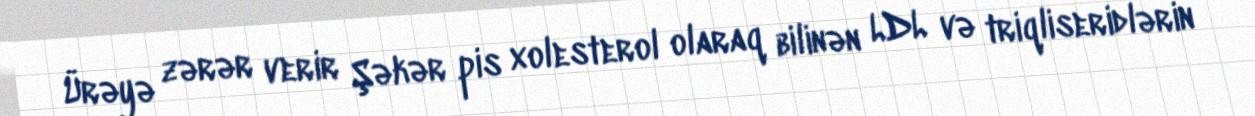
Ürəyə zərər verir Şəkər pis xolesterol olaraq bilinən LDL və triqliseridlərin